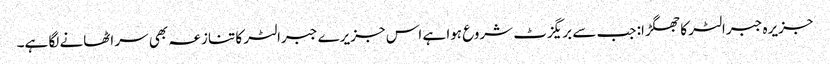
جزیرہ جبرالٹر کا جھگڑا: جب سے بریگزٹ شروع ہوا ہے اس جزیرے جبرالٹر کا تنازعہ بھی سر اٹھانے لگا ہے۔